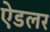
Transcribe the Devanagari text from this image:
ऐडलर